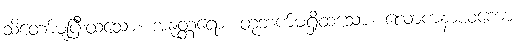
သိတော်မူပြီးထသော။ အနုတ္တရော၊ တုဘက်မရှိထသော။ လောကနာယကော၊